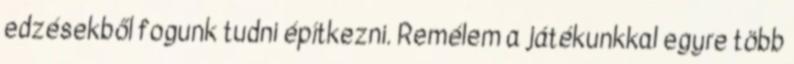
edzésekből fogunk tudni építkezni. Remélem a játékunkkal egyre több